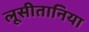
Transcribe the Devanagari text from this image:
लूसीतानिया